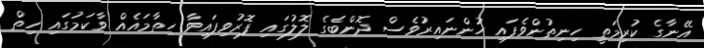
އޭނާގެ ކުރިމަތީ ހިނިތުންވެފައި ހުންނައިރުވެސް ދޮންބެގެ ލޮލުގައި ފޮރުވިފައިވާ ހިތާމައެއް ވާކަމުގައި ހިތް